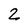
Character: 2